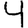
Digit: 4